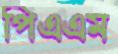
পিএএম